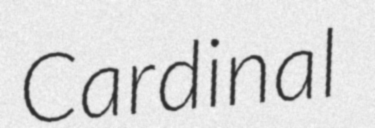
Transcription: Cardinal